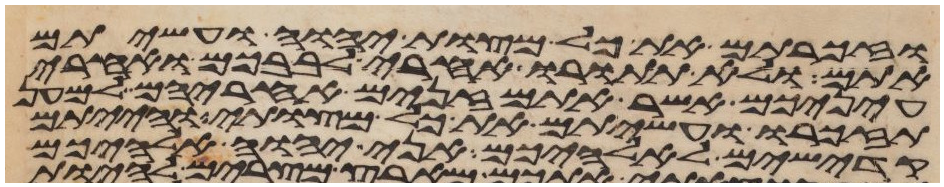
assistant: וזכרתם את כל מצות יהוה ועשיתם
אתם ולא תתורו אחרי לבבכם ואחרי
עיניכם אשר אתם זנים אחריהם למען
תזכרו ועשיתם את כל מצותי והייתם
קדישים לאלהיכם אני יהוה אלהיכם